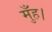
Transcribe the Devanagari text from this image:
मुँह।